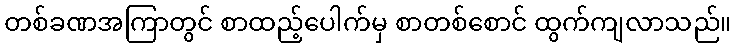
တစ်ခဏအကြာတွင် စာထည့်ပေါက်မှ စာတစ်စောင် ထွက်ကျလာသည်။